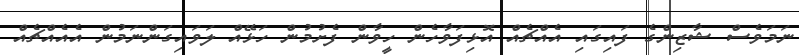
ނަމަވެސް ޝާޒިންގެ ފައިގައި އެއްޗެއް އޮޅިފަވާހެން ހީވާން ފެށުމުން ހަޅޭއް ލަވައިގަންނަމުން އެއެއްޗެއް